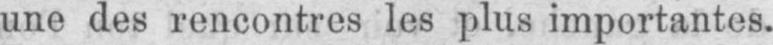
une des rencontres les plus importantes.